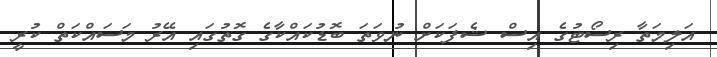
އަލިމަތާ ރިސޯޓުގެ އިސް ޝެފަކަށް ނުވަތަ ބޮޑުކައްކާގެ ގޮތުގައި އޭރު މަސައްކަތް ކުރީ